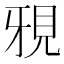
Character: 𮗍